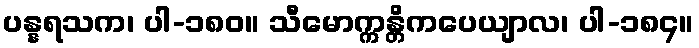
ပန္နရသက၊ ပါ-၁၈၀။ သီမောက္ကန္တိကပေယျာလ၊ ပါ-၁၈၄။